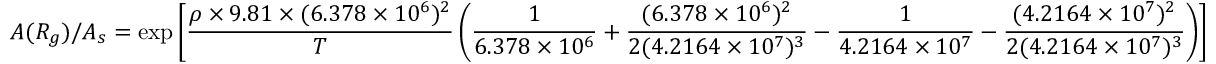
A ( R _ { g } ) / A _ { s } = \exp \left[ { \frac { \rho \times 9 . 8 1 \times ( 6 . 3 7 8 \times 1 0 ^ { 6 } ) ^ { 2 } } { T } } \left( { \frac { 1 } { 6 . 3 7 8 \times 1 0 ^ { 6 } } } + { \frac { ( 6 . 3 7 8 \times 1 0 ^ { 6 } ) ^ { 2 } } { 2 ( 4 . 2 1 6 4 \times 1 0 ^ { 7 } ) ^ { 3 } } } - { \frac { 1 } { 4 . 2 1 6 4 \times 1 0 ^ { 7 } } } - { \frac { ( 4 . 2 1 6 4 \times 1 0 ^ { 7 } ) ^ { 2 } } { 2 ( 4 . 2 1 6 4 \times 1 0 ^ { 7 } ) ^ { 3 } } } \right) \right]